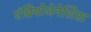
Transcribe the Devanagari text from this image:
एंब्रियोजेनेसिस